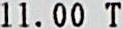
11.00 T